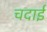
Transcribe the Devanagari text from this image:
चदाई